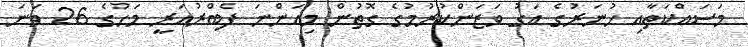
މަސައްކަތާއި ހުނަރުގެ އަގު ވަޒަންކުރުމުގެ ގޮތުން މިއަންނަ ފެބްރުއަރީ މަހުގެ 26 ވަނަ